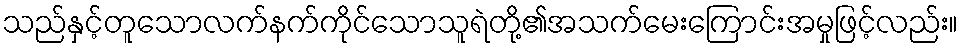
သည်နှင့်တူသောလက်နက်ကိုင်သောသူရဲတို့၏အသက်မေးကြောင်းအမှုဖြင့်လည်း။